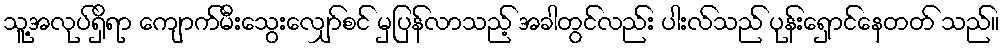
သူ့အလုပ်ရှိရာ ကျောက်မီးသွေးလျှော်စင် မှပြန်လာသည့် အခါတွင်လည်း ပါးလ်သည် ပုန်းရှောင်နေတတ် သည်။